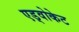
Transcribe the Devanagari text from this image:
एड्वोकेट